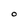
Character: 0